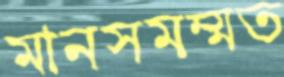
মানসমম্মত